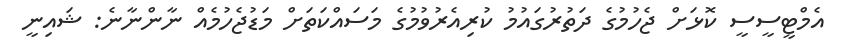
އެމްޓީސީސީ ކޮޅަށް ޖެހުމުގެ ދަތުރުގައުމު ކުރިއެރުވުމުގެ މަސައްކަތަށް މަޑުޖެހުމެއް ނާންނާނެ: ޝައިނީ